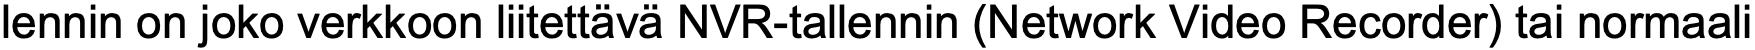
lennin on joko verkkoon liitettävä NVR-tallennin (Network Video Recorder) tai normaali